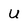
Character: u